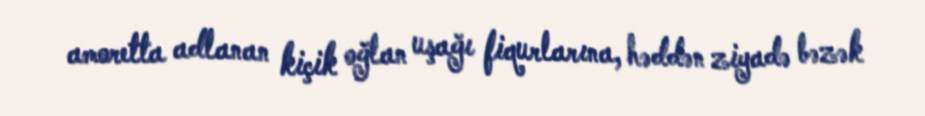
amoretta adlanan kiçik oğlan uşağı fiqurlarına, həddən ziyadə bəzək